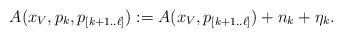
LaTeX: \begin{align*}A(x_V, p_k, p_{[k+1..\ell]}) := A(x_{V}, p_{[k+1..\ell]}) + n_k + \eta_k.\end{align*}